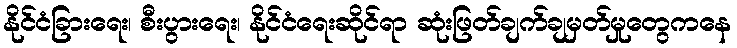
နိုင်ငံခြားရေး၊ စီးပွားရေး၊ နိုင်ငံရေးဆိုင်ရာ ဆုံးဖြတ်ချက်ချမှတ်မှုတွေကနေ